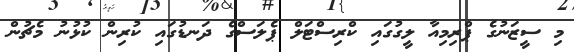
މި ސީޒަނުގެ ޕްރިމިއާ ލީގުގައި ކްރިސްޓަލް ޕެލަސްގެ ދަނޑުގައި ކުރިން ކުޅުނު މެޗުން